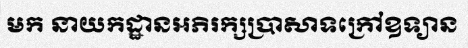
មក នាយកដ្ឋានអភិរក្សប្រាសាទក្រៅឧទ្យាន